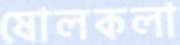
ষোলকলা